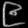
Digit: ၉